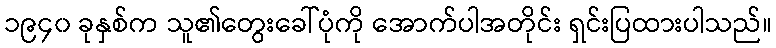
၁၉၄၀ ခုနှစ်က သူ၏တွေးခေါ်ပုံကို အောက်ပါအတိုင်း ရှင်းပြထားပါသည်။